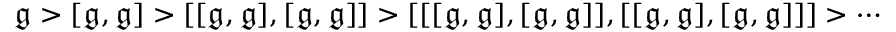
{ \mathfrak { g } } > [ { \mathfrak { g } } , { \mathfrak { g } } ] > [ [ { \mathfrak { g } } , { \mathfrak { g } } ] , [ { \mathfrak { g } } , { \mathfrak { g } } ] ] > [ [ [ { \mathfrak { g } } , { \mathfrak { g } } ] , [ { \mathfrak { g } } , { \mathfrak { g } } ] ] , [ [ { \mathfrak { g } } , { \mathfrak { g } } ] , [ { \mathfrak { g } } , { \mathfrak { g } } ] ] ] > \cdots